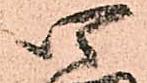
四